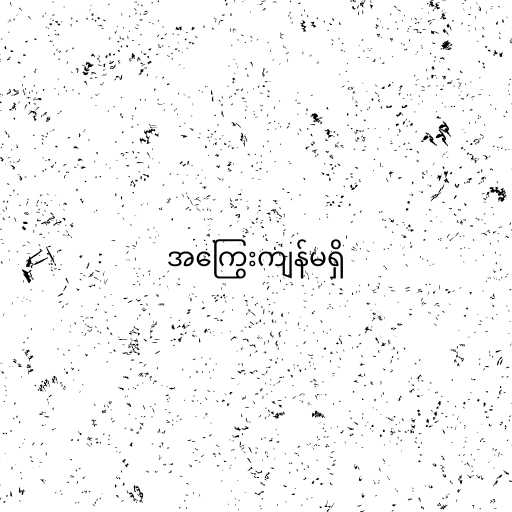
အကြွေးကျန်မရှိ